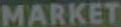
MARKET